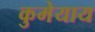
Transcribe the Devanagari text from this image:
कुमेयाय